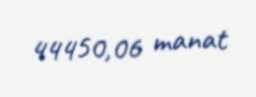
44450,06 manat